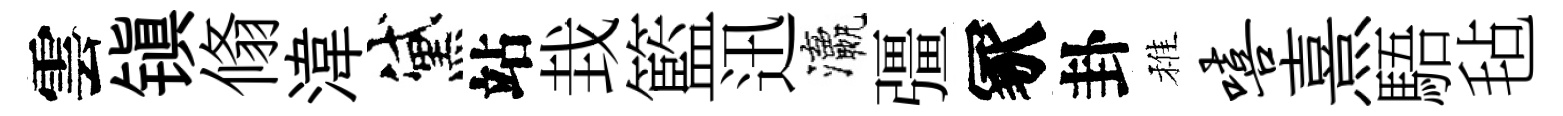
雲镇翛湋黛站㘽籃迅瀛彊冢卦稚嘻熹䮏毡